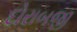
દોરાબજી